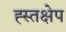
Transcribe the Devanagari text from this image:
ह्स्तक्षेप